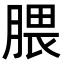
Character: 腲